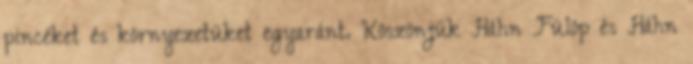
pincéket és környezetüket egyaránt. Köszönjük Háhn Fülöp és Háhn